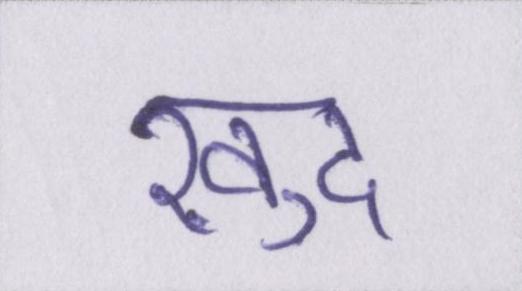
ख़ुद